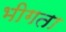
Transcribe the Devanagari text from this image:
भीगता